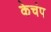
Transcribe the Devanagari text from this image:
केचंप